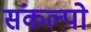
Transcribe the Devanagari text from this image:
संकल्पो